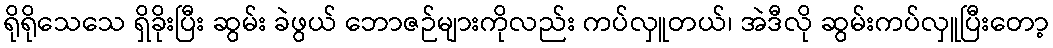
ရိုရိုသေသေ ရှိခိုးပြီး ဆွမ်း ခဲဖွယ် ဘောဇဉ်များကိုလည်း ကပ်လှူတယ်၊ အဲဒီလို ဆွမ်းကပ်လှူပြီးတော့